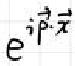
$e^{i \vec{p} \cdot \vec{x}}$